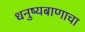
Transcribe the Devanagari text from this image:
धनुष्यबाणाचा